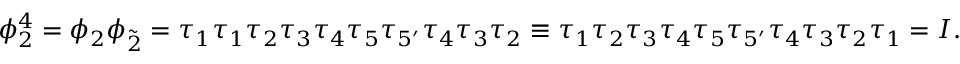
\phi _ { 2 } ^ { 4 } = \phi _ { 2 } \phi _ { \tilde { 2 } } = \tau _ { 1 } \tau _ { 1 } \tau _ { 2 } \tau _ { 3 } \tau _ { 4 } \tau _ { 5 } \tau _ { 5 ^ { \prime } } \tau _ { 4 } \tau _ { 3 } \tau _ { 2 } \equiv \tau _ { 1 } \tau _ { 2 } \tau _ { 3 } \tau _ { 4 } \tau _ { 5 } \tau _ { 5 ^ { \prime } } \tau _ { 4 } \tau _ { 3 } \tau _ { 2 } \tau _ { 1 } = I .